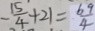
- \frac { 1 5 } { 4 } + 2 1 = \frac { 6 9 } { 4 }